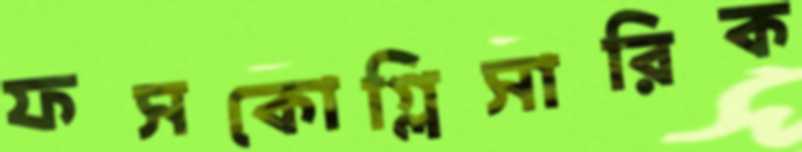
ফসকোগ্লিসারিক